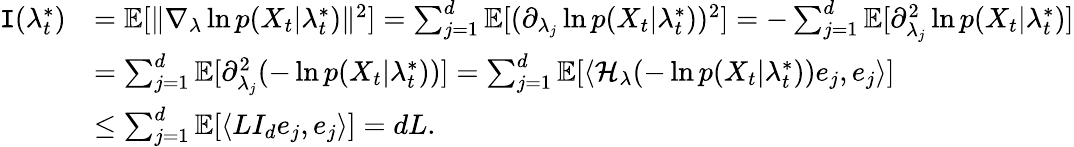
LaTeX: \begin{array}{rl}{\mathtt{I}(\lambda_{t}^{*})}&{=\mathbb{E}[\| \nabla_{\lambda}\ln p(X_{t}|\lambda_{t}^{*})\| ^{2}]=\sum_{j=1}^{d}\mathbb{E}[(\partial_{\lambda_{j}}\ln p(X_{t}|\lambda_{t}^{*}))^{2}]=-\sum_{j=1}^{d}\mathbb{E}[\partial_{\lambda_{j}}^{2}\ln p(X_{t}|\lambda_{t}^{*})]}\\ &{=\sum_{j=1}^{d}\mathbb{E}[\partial_{\lambda_{j}}^{2}(-\ln p(X_{t}|\lambda_{t}^{*}))]=\sum_{j=1}^{d}\mathbb{E}[\langle\mathcal{H}_{\lambda}(-\ln p(X_{t}|\lambda_{t}^{*}))e_{j},e_{j}\rangle]}\\ &{\leq\sum_{j=1}^{d}\mathbb{E}[\langle LI_{d}e_{j},e_{j}\rangle]=dL.}\end{array}